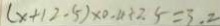
( x + 1 2 - 5 ) \times 0 . 4 + 2 . 5 = 3 . 2